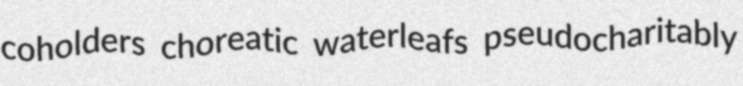
coholders choreatic waterleafs pseudocharitably